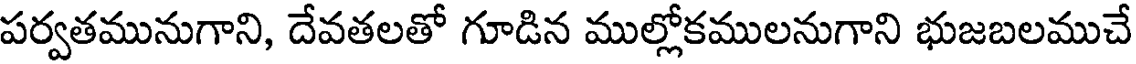
పర్వతమునుగాని, దేవతలతో గూడిన ముల్లోకములనుగాని భుజబలముచే